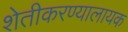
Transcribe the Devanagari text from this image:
शेतीकरण्यालायक